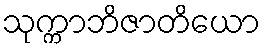
သုက္ကာဘိဇာတိယော